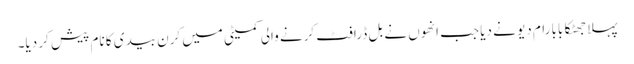
پہلا جھٹکا بابا رام دیو نے دیا جب انھوں نے بل ڈرافٹ کرنے والی کمیٹی میں کرن بیدی کا نام پیش کر دیا۔